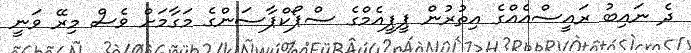
ދެ ނައިބު ރައީސްއެއްގެ އިތުރުން ޕީޕީއެމްގެ ސްޕޯކްޕާސަންގެ މަގާމަށް ވެސް މިރޭ ވަނީ